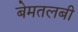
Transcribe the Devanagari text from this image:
बेमतलबी